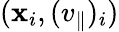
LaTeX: (\mathbf{x}_{i},(v_{\parallel})_{i})